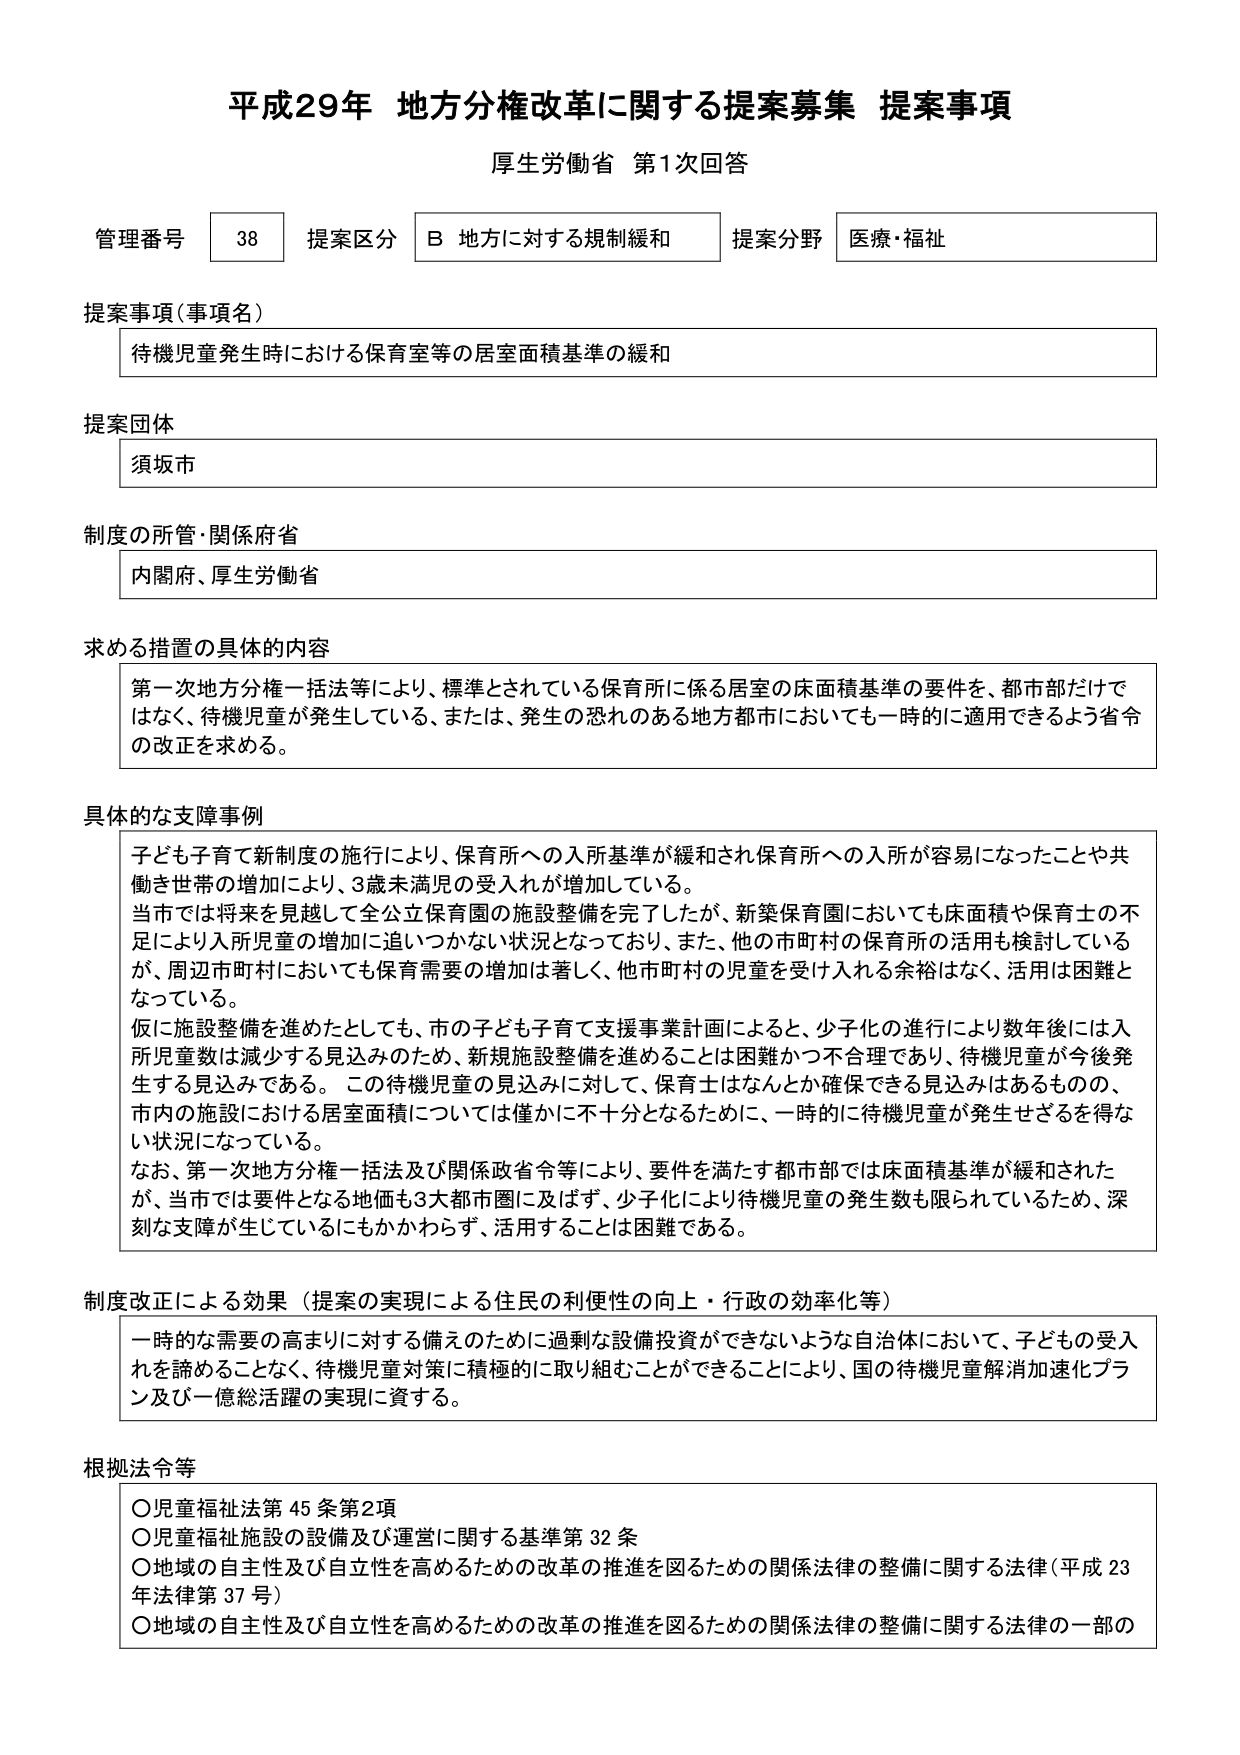
平成29年 地方分権改革に関する提案募集 提案事項
厚生労働省 第1次回答

管理番号 38 提案区分 B 地方に対する規制緩和 提案分野 医療・福祉

提案事項（事項名）
待機児童発生時における保育室等の居室面積基準の緩和

提案団体
須坂市

制度の所管・関係府省
内閣府、厚生労働省

求める措置の具体的内容
第一次地方分権一括法等により、標準とされている保育所に係る居室の床面積基準の要件を、都市部だけではなく、待機児童が発生している、または、発生の恐れのある地方都市においても一時的に適用できるよう省令の改正を求める。

具体的な支障事例
子ども子育て新制度の施行により、保育所への入所基準が緩和され保育所への入所が容易になったことや共働き世帯の増加により、3歳未満児の受入れが増加している。
当市では将来を見越して全公立保育園の施設整備を完了したが、新築保育園においても床面積や保育士の不足により入所児童の増加に追いつかない状況となっており、また、他の市町村の保育所の活用も検討しているが、周辺市町村においても保育需要の増加は著しく、他市町村の児童を受け入れる余裕はなく、活用は困難となっている。
仮に施設整備を進めたとしても、市の子ども子育て支援事業計画によると、少子化の進行により数年後には入所児童数は減少する見込みのため、新規施設整備を進めることは困難かつ不合理であり、待機児童が今後発生する見込みである。この待機児童の見込みに対して、保育士はなんとか確保できる見込みはあるものの、市内の施設における居室面積については僅かに不十分となるために、一時的に待機児童が発生せざるを得ない状況になっている。
なお、第一次地方分権一括法及び関係政省令等により、要件を満たす都市部では床面積基準が緩和されたが、当市では要件となる地域も3大都市圏に及ばず、少子化により待機児童の発生数も限られているため、深刻な支障が生じているにもかかわらず、活用することは困難である。

制度改正による効果（提案の実現による住民の利便性の向上・行政の効率化等）
一時的な需要の高まりに対する備えのために過剰な設備投資ができないような自治体において、子どもの受入れを諦めることなく、待機児童対策に積極的に取り組むことができることにより、国の待機児童解消加速化プラン及び一億総活躍の実現に資する。

根拠法令等
○児童福祉法第45条第2項
○児童福祉施設の設備及び運営に関する基準第32条
○地域の自主性及び自立性を高めるための改革の推進を図るための関係法律の整備に関する法律（平成23年法律第37号）
○地域の自主性及び自立性を高めるための改革の推進を図るための関係法律の整備に関する法律の一部の